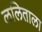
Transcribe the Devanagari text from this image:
ललिताला